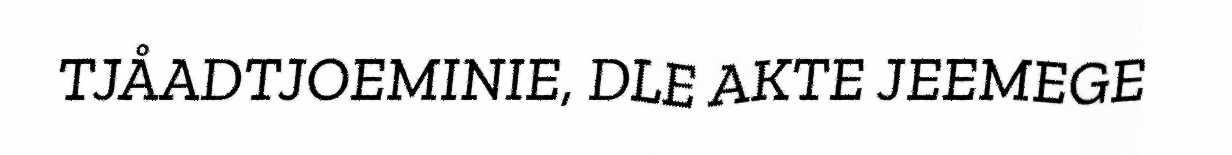
TJÅADTJOEMINIE, DLE AKTE JEEMEGE